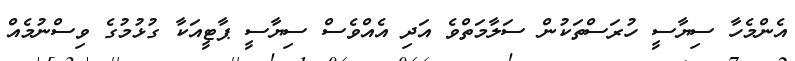
އެންމެހާ ސިޔާސީ ހުރަސްތަކުން ސަލާމަތްވެ އަދި އެއްވެސް ސިޔާސީ ޕާޓީއަކާ ގުޅުމުގެ ވިސްނުމެއް